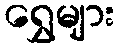
ရွှေများ